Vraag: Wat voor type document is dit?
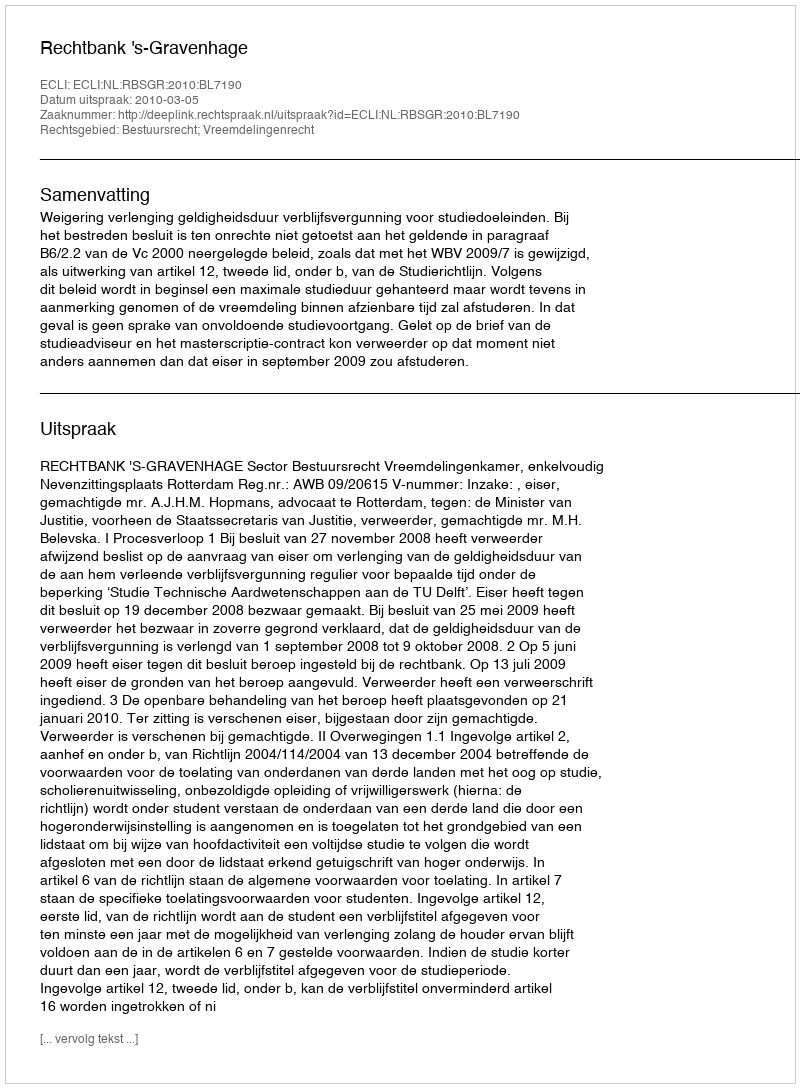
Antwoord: Uitspraak